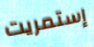
إستمريت